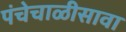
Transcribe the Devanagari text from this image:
पंचेचाळीसावा